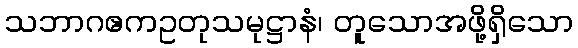
သဘာဂဧကဥတုသမုဋ္ဌာနံ၊ တူသောအဖို့ရှိသော